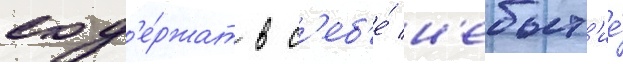
сод'е́ржат в с'еб'е́ н'ебыт'ие́